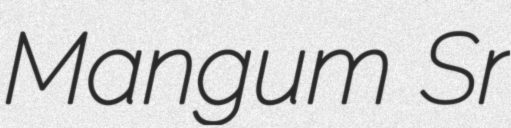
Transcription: Mangum Sr